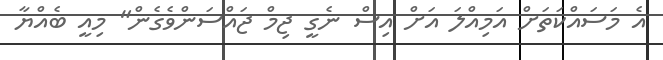
އެ މަސައްކަތަށް އަމިއްލަ އަށް އިސް ނެގީ ޖިމް ޖައްސަންވެގެން" މިއީ ބެއްޔާ